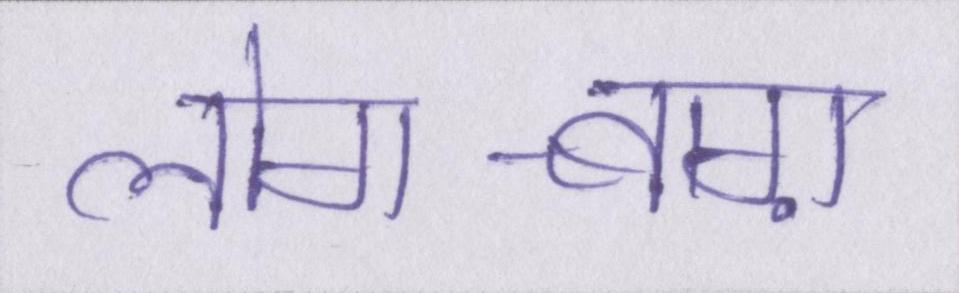
लोग-बाग़